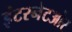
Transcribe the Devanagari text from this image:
इंटरनेटऔर